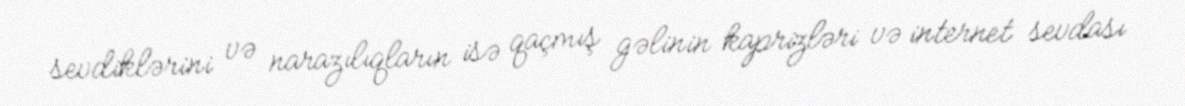
sevdiklərini və narazılıqların isə qaçmış gəlinin kaprizləri və internet sevdası